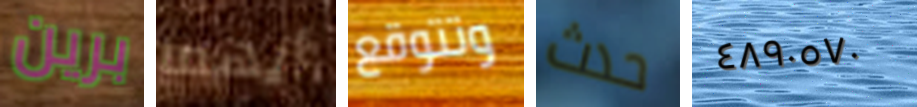
برين أيهما وتتوقع حدث ٤٨٩٠٥٧٠